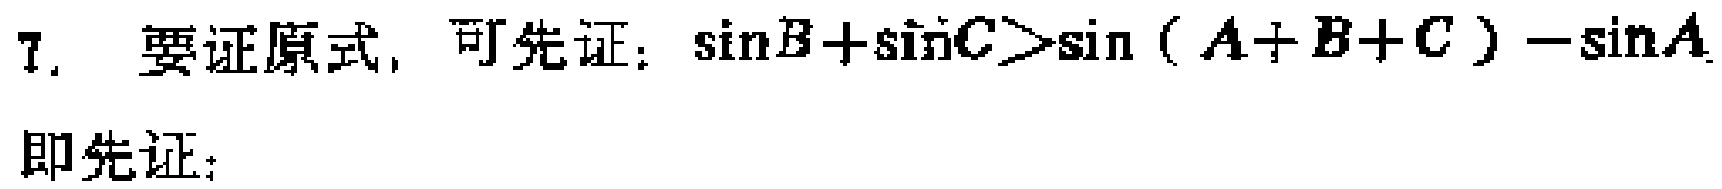
7. 要证原式，可先证：\(\sin B+\sin C>\sin(A + B + C)-\sin A\)
即先证：